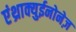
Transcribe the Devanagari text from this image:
एंथ्राक्युईनोनेज़